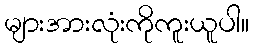
များအားလုံးကိုကူးယူပါ။